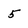
Character: 5